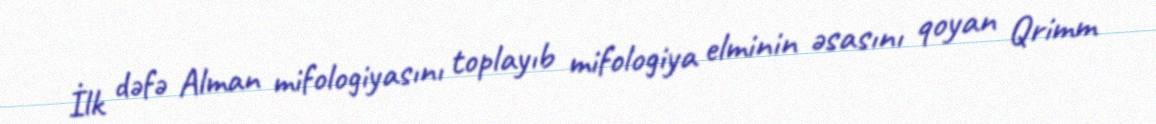
İlk dəfə Alman mifologiyasını toplayıb mifologiya elminin əsasını qoyan Qrimm